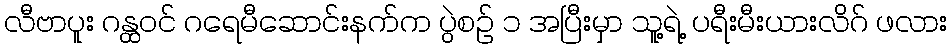
လီဗာပူး ဂန္ထဝင် ဂရေမီဆောင်းနက်က ပွဲစဉ် ၁ အပြီးမှာ သူ့ရဲ့ ပရီးမီးယားလိဂ် ဖလား